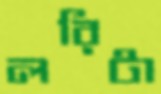
লরিটা